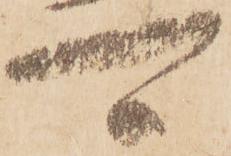
可